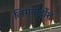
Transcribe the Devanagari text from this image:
लिगनीर्दोश